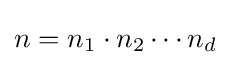
{\textstyle n=n_{1}\cdot n_{2}\cdots n_{d}}